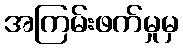
အကြမ်းဖက်မှုမှ